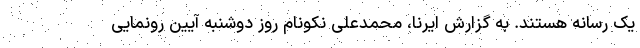
یک رسانه هستند. به گزارش ایرنا، محمدعلی نکونام روز دوشنبه آیین رونمایی